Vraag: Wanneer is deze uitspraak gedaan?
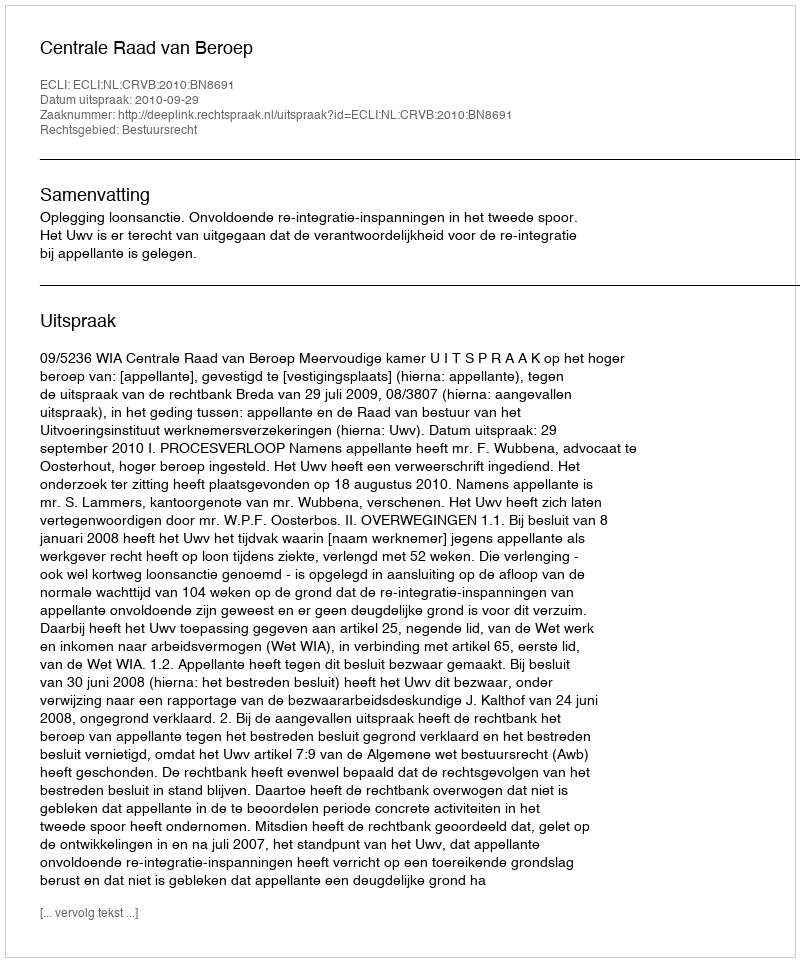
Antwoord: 2010-09-29